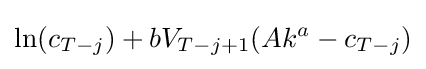
\ln(c_{T-j})+bV_{T-j+1}(Ak^{a}-c_{T-j})